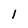
Character: l